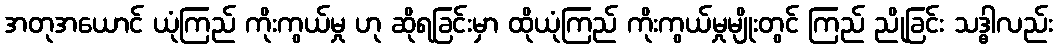
အတုအယောင် ယုံကြည် ကိုးကွယ်မှု ဟု ဆိုရခြင်းမှာ ထိုယုံကြည် ကိုးကွယ်မှုမျိုးတွင် ကြည် ညိုခြင်း သဒ္ဓါလည်း